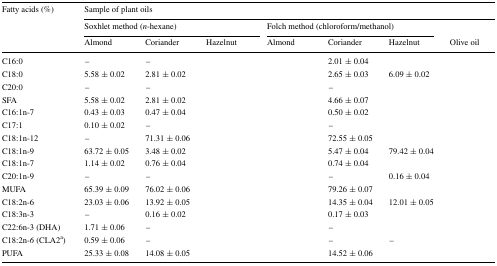
<table><thead><tr><td rowspan="3"><b>Fatty acids (%)</b></td><td colspan="7"><b>Sample of plant oils</b></td></tr><tr><td colspan="3"><b>Soxhlet method (<i>n</i>-hexane)</b></td><td colspan="3"><b>Folch method (chloroform/methanol)</b></td><td>[EMPTY_CELL]</td></tr><tr><td><b>Almond</b></td><td><b>Coriander</b></td><td><b>Hazelnut</b></td><td><b>Almond</b></td><td><b>Coriander</b></td><td><b>Hazelnut</b></td><td><b>Olive oil</b></td></tr></thead><tbody><tr><td>C16:0</td><td>–</td><td>–</td><td>[EMPTY_CELL]</td><td>[EMPTY_CELL]</td><td>2.01 ± 0.04</td><td>[EMPTY_CELL]</td><td>[EMPTY_CELL]</td></tr><tr><td>C18:0</td><td>5.58 ± 0.02</td><td>2.81 ± 0.02</td><td>[EMPTY_CELL]</td><td>[EMPTY_CELL]</td><td>2.65 ± 0.03</td><td>6.09 ± 0.02</td><td>[EMPTY_CELL]</td></tr><tr><td>C20:0</td><td>–</td><td>–</td><td>[EMPTY_CELL]</td><td>[EMPTY_CELL]</td><td>–</td><td>[EMPTY_CELL]</td><td>[EMPTY_CELL]</td></tr><tr><td>SFA</td><td>5.58 ± 0.02</td><td>2.81 ± 0.02</td><td>[EMPTY_CELL]</td><td>[EMPTY_CELL]</td><td>4.66 ± 0.07</td><td>[EMPTY_CELL]</td><td>[EMPTY_CELL]</td></tr><tr><td>C16:1n-7</td><td>0.43 ± 0.03</td><td>0.47 ± 0.04</td><td>[EMPTY_CELL]</td><td>[EMPTY_CELL]</td><td>0.50 ± 0.02</td><td>[EMPTY_CELL]</td><td>[EMPTY_CELL]</td></tr><tr><td>C17:1</td><td>0.10 ± 0.02</td><td>–</td><td>[EMPTY_CELL]</td><td>[EMPTY_CELL]</td><td>–</td><td>[EMPTY_CELL]</td><td>[EMPTY_CELL]</td></tr><tr><td>C18:1n-12</td><td>–</td><td>71.31 ± 0.06</td><td>[EMPTY_CELL]</td><td>[EMPTY_CELL]</td><td>72.55 ± 0.05</td><td>[EMPTY_CELL]</td><td>[EMPTY_CELL]</td></tr><tr><td>C18:1n-9</td><td>63.72 ± 0.05</td><td>3.48 ± 0.02</td><td>[EMPTY_CELL]</td><td>[EMPTY_CELL]</td><td>5.47 ± 0.04</td><td>79.42 ± 0.04</td><td>[EMPTY_CELL]</td></tr><tr><td>C18:1n-7</td><td>1.14 ± 0.02</td><td>0.76 ± 0.04</td><td>[EMPTY_CELL]</td><td>[EMPTY_CELL]</td><td>0.74 ± 0.04</td><td>[EMPTY_CELL]</td><td>[EMPTY_CELL]</td></tr><tr><td>C20:1n-9</td><td>–</td><td>–</td><td>[EMPTY_CELL]</td><td>[EMPTY_CELL]</td><td>–</td><td>0.16 ± 0.04</td><td>[EMPTY_CELL]</td></tr><tr><td>MUFA</td><td>65.39 ± 0.09</td><td>76.02 ± 0.06</td><td>[EMPTY_CELL]</td><td>[EMPTY_CELL]</td><td>79.26 ± 0.07</td><td>[EMPTY_CELL]</td><td>[EMPTY_CELL]</td></tr><tr><td>C18:2n-6</td><td>23.03 ± 0.06</td><td>13.92 ± 0.05</td><td>[EMPTY_CELL]</td><td>[EMPTY_CELL]</td><td>14.35 ± 0.04</td><td>12.01 ± 0.05</td><td>[EMPTY_CELL]</td></tr><tr><td>C18:3n-3</td><td>–</td><td>0.16 ± 0.02</td><td>[EMPTY_CELL]</td><td>[EMPTY_CELL]</td><td>0.17 ± 0.03</td><td>[EMPTY_CELL]</td><td>[EMPTY_CELL]</td></tr><tr><td>C22:6n-3 (DHA)</td><td>1.71 ± 0.06</td><td>–</td><td>[EMPTY_CELL]</td><td>[EMPTY_CELL]</td><td>–</td><td>[EMPTY_CELL]</td><td>[EMPTY_CELL]</td></tr><tr><td>C18:2n-<i>6</i> (CLA2<sup>a</sup>)</td><td>0.59 ± 0.06</td><td>–</td><td>[EMPTY_CELL]</td><td>[EMPTY_CELL]</td><td>–</td><td>–</td><td>[EMPTY_CELL]</td></tr><tr><td>PUFA</td><td>25.33 ± 0.08</td><td>14.08 ± 0.05</td><td>[EMPTY_CELL]</td><td>[EMPTY_CELL]</td><td>14.52 ± 0.06</td><td>[EMPTY_CELL]</td><td>[EMPTY_CELL]</td></tr></tbody></table>